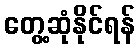
တွေ့ဆုံနိုင်ရန်